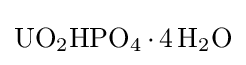
{\mathrm {UO} {\vphantom {A}}_{\smash[{t}]{2}}\mathrm {HPO} {\vphantom {A}}_{\smash[{t}]{4}}\,{\cdot }\,4\,\mathrm {H} {\vphantom {A}}_{\smash[{t}]{2}}\mathrm {O} }